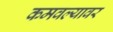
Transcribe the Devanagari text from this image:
कमवल्यावर